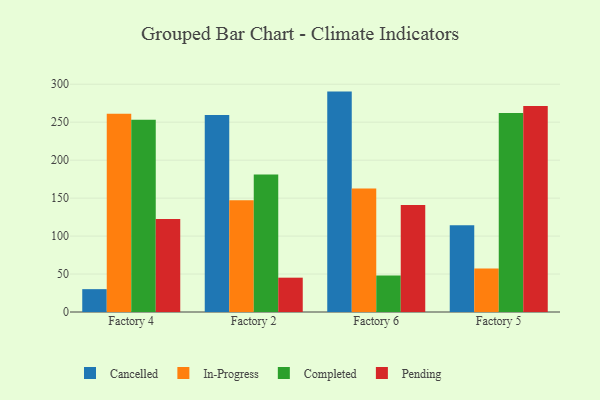
{"axis": {"x": "Factory", "y": "Churn Rate (%)"}, "legend": ["Cancelled", "Completed", "In-Progress", "Pending"], "data": [{"x": "Factory 4", "y": 30.1, "type": "Cancelled"}, {"x": "Factory 4", "y": 261.2, "type": "In-Progress"}, {"x": "Factory 4", "y": 253.3, "type": "Completed"}, {"x": "Factory 4", "y": 122.5, "type": "Pending"}, {"x": "Factory 2", "y": 259.6, "type": "Cancelled"}, {"x": "Factory 2", "y": 147.1, "type": "In-Progress"}, {"x": "Factory 2", "y": 181.2, "type": "Completed"}, {"x": "Factory 2", "y": 45.2, "type": "Pending"}, {"x": "Factory 6", "y": 290.3, "type": "Cancelled"}, {"x": "Factory 6", "y": 162.6, "type": "In-Progress"}, {"x": "Factory 6", "y": 48.2, "type": "Completed"}, {"x": "Factory 6", "y": 140.9, "type": "Pending"}, {"x": "Factory 5", "y": 114.4, "type": "Cancelled"}, {"x": "Factory 5", "y": 57.3, "type": "In-Progress"}, {"x": "Factory 5", "y": 262.0, "type": "Completed"}, {"x": "Factory 5", "y": 271.2, "type": "Pending"}]}